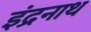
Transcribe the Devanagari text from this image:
इंद्रनाथ